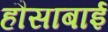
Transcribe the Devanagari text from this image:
हौसाबाई